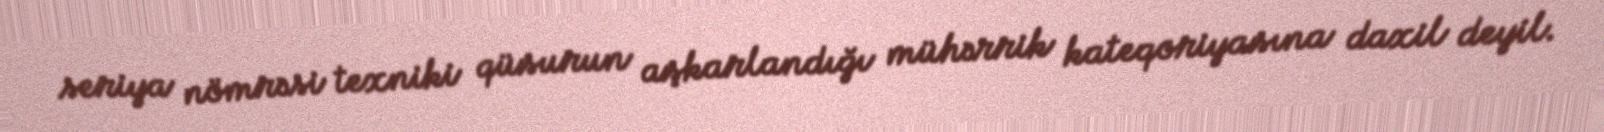
seriya nömrəsi texniki qüsurun aşkarlandığı mühərrik kateqoriyasına daxil deyil.